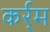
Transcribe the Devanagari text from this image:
कर्र्म